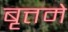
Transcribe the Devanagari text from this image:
बृत्तमे